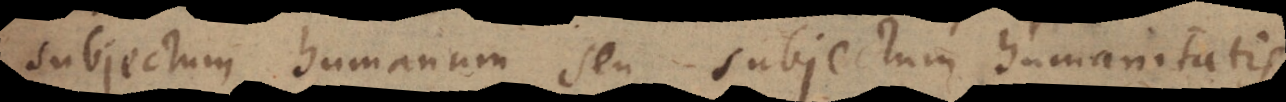
subjectum humanum seu subjectum humanitatis.